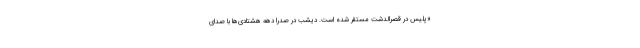
«پلیس در قصرالدشت مستقر شده است. دیشب در صدرا دهه هشتادی‌ها با صدای